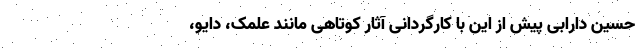
حسین دارابی پیش از این با کارگردانی آثار کوتاهی مانند علمک، دایو،